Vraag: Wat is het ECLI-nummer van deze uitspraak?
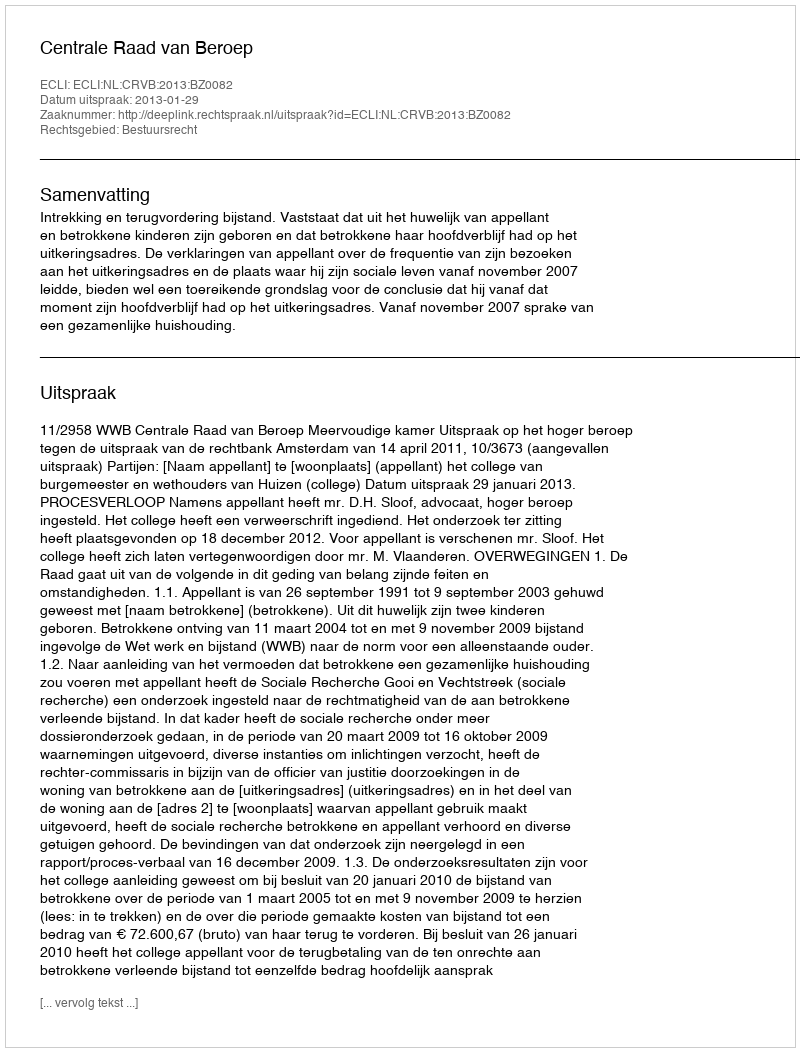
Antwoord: ECLI:NL:CRVB:2013:BZ0082